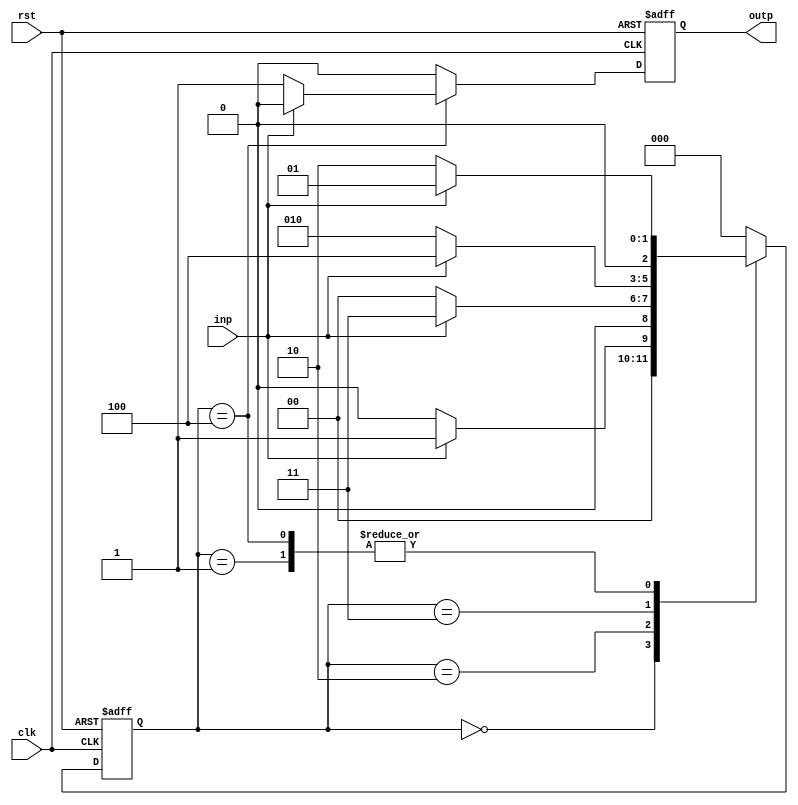
module fsm( clk, rst, inp, outp);
input clk, rst, inp;
output outp;
reg [2:0] state;
reg outp;
always @( posedge clk, posedge rst ) begin
if( rst ) begin
state <= 3'b000;
outp <= 0;
end
else begin
case( state )
3'b000: begin
if( inp ) begin
state <= 3'b001;
outp <= 0;
end
else begin
state <= 3'b000;
outp <= 0;
end
end
3'b001: begin
if( inp ) begin
state <= 3'b001;
outp <= 0;
end
else begin
state <= 3'b010;
outp <= 0;
end
end
3'b010: begin
if( inp ) begin
state <= 3'b011;
outp <= 0;
end
else begin
state <= 3'b000;
outp <= 0;
end
end
3'b011: begin
if( inp ) begin
state <= 3'b100;
outp <= 0;
end
else begin
state <= 3'b010;
outp <= 0;
end
end
3'b100: begin
if( inp ) begin
state <= 3'b001;
outp <= 0;
end
else begin
state <= 3'b010;
outp <= 1;
end
end

default: begin
state <= 3'b00;
outp <= 0;
end
endcase
end
end
endmodule